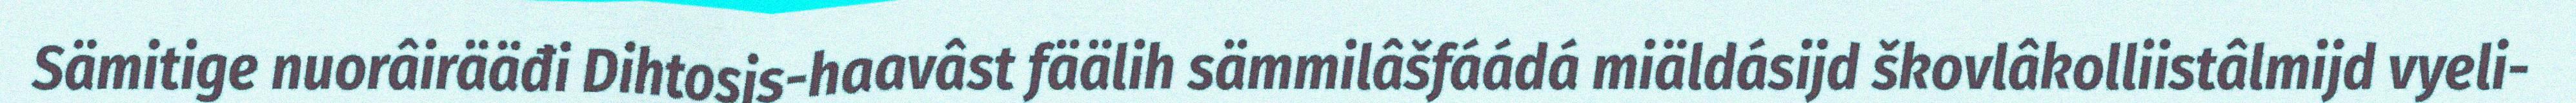
Sämitige nuorâirääđi Dihtosis-haavâst fäälih sämmilâšfáádá miäldásijd škovlâkolliistâlmijd vyeli-